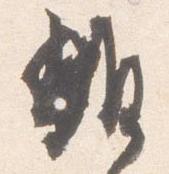
雑